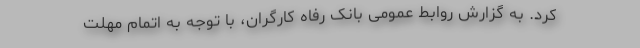
کرد. به گزارش روابط عمومی بانک رفاه کارگران، با توجه به اتمام مهلت